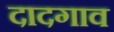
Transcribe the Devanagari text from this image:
दादगाव